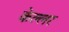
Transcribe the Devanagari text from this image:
केल्लर